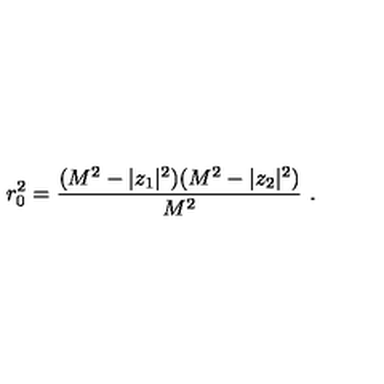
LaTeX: r _ { 0 } ^ { 2 } = \frac { ( M ^ { 2 } - | z _ { 1 } | ^ { 2 } ) ( M ^ { 2 } - | z _ { 2 } | ^ { 2 } ) } { M ^ { 2 } } \ .